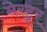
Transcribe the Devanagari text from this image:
मेरटूर